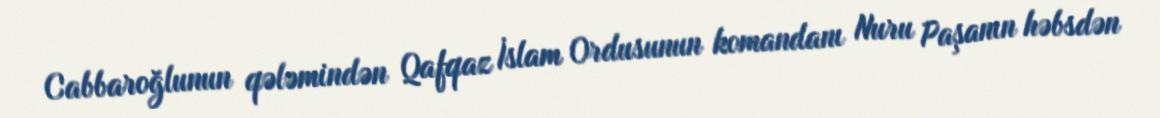
Cabbaroğlunun qələmindən Qafqaz İslam Ordusunun komandanı Nuru Paşanın həbsdən